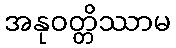
အနုဝတ္တိဿာမ